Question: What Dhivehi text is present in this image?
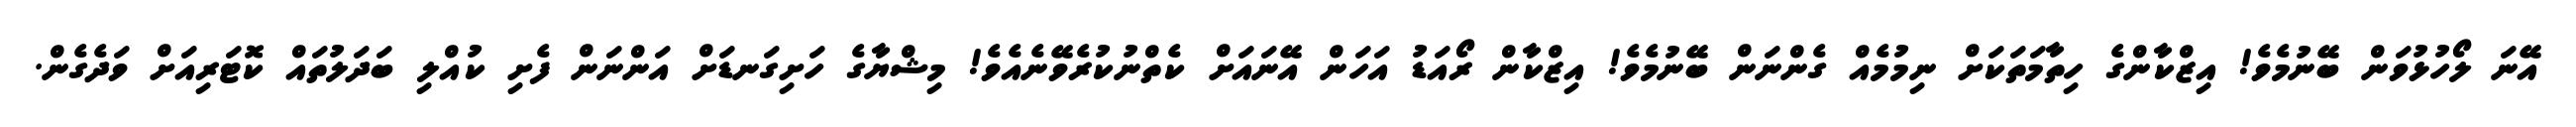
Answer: އޭނަ ލޯހުޅުވަން ބޭނުމެވެ! އިޒްކާންގެ ހިތާމަތަކަށް ނިމުމެއް ގެންނަން ބޭނުމެވެ! އިޒްކާން ރޯއަޑު އަހަން އޭނައަށް ކެތްނުކުރެވޭނެއެވެ! މިޝްޔާގެ ހަށިގަނޑަށް އަންނަން ފެށި ކުއްލި ބަދަލުތައް ކޮޓަރިއަށް ވަދެގެން.